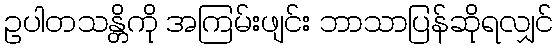
ဥပါတသန္တိကို အကြမ်းဖျင်း ဘာသာပြန်ဆိုရလျှင်